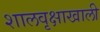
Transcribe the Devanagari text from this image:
शालवृक्षाखाली